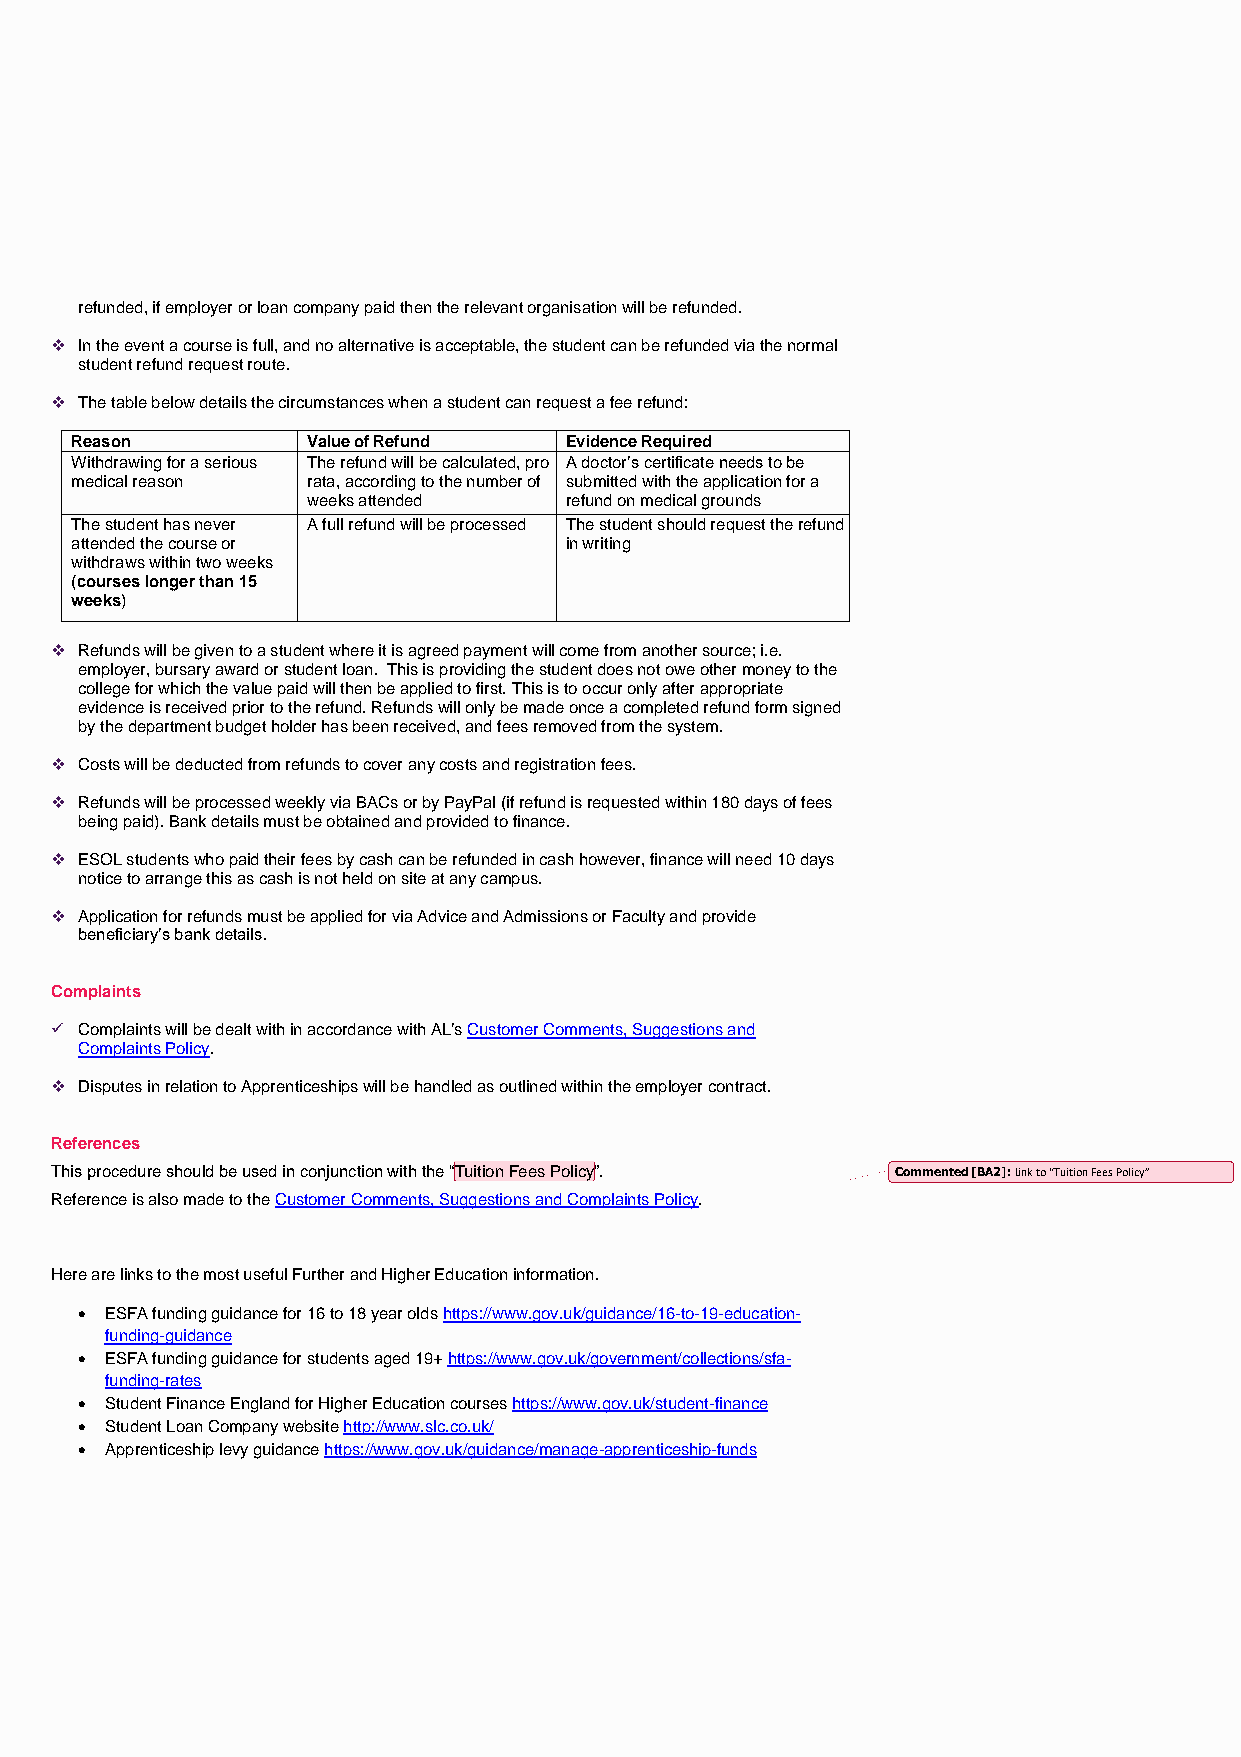
refunded, if employer or loan company paid then the relevant organisation will be refunded.
 ❖ In the event a course is full, and no alternative is acceptable, the student can be refunded via the normal
 student refund request route.
 ❖ The table below details the circumstances when a student can request a fee refund:
 Reason         Value of Refund  Evidence Required
 Withdrawing for a serious The refund will be calculated, pro A doctor’s certificate needs to be
 medical reason rata, according to the number of submitted with the application for a
 weeks attended   refund on medical grounds
 The student has never A full refund will be processed The student should request the refund
 attended the course or          in writing
 withdraws within two weeks
 (courses longer than 15
 weeks)
 ❖ Refunds will be given to a student where it is agreed payment will come from another source; i.e.
 employer, bursary award or student loan. This is providing the student does not owe other money to the
 college for which the value paid will then be applied to first. This is to occur only after appropriate
 evidence is received prior to the refund. Refunds will only be made once a completed refund form signed
 by the department budget holder has been received, and fees removed from the system.
 ❖ Costs will be deducted from refunds to cover any costs and registration fees.
 ❖ Refunds will be processed weekly via BACs or by PayPal (if refund is requested within 180 days of fees
 being paid). Bank details must be obtained and provided to finance.
 ❖ ESOL students who paid their fees by cash can be refunded in cash however, finance will need 10 days
 notice to arrange this as cash is not held on site at any campus.
 ❖ Application for refunds must be applied for via Advice and Admissions or Faculty and provide
 beneficiary’s bank details.
 Complaints
 ✓ Complaints will be dealt with in accordance with AL’s Customer Comments, Suggestions and
 Complaints Policy.
 ❖ Disputes in relation to Apprenticeships will be handled as outlined within the employer contract.
 References
 This procedure should be used in conjunction with the “Tuition Fees Policy”. Commented [BA2]: Link to “Tuition Fees Policy”
 Reference is also made to the Customer Comments, Suggestions and Complaints Policy.
 Here are links to the most useful Further and Higher Education information.
 • ESFA funding guidance for 16 to 18 year olds https://www.gov.uk/guidance/16-to-19-education-
 funding-guidance
 • ESFA funding guidance for students aged 19+ https://www.gov.uk/government/collections/sfa-
 funding-rates
 • Student Finance England for Higher Education courses https://www.gov.uk/student-finance
 • Student Loan Company website http://www.slc.co.uk/
 • Apprenticeship levy guidance https://www.gov.uk/guidance/manage-apprenticeship-funds